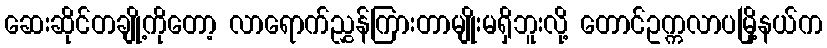
ဆေးဆိုင်တချို့ကိုတော့ လာရောက်ညွှန်ကြားတာမျိုးမရှိဘူးလို့ တောင်ဥက္ကလာပမြို့နယ်က